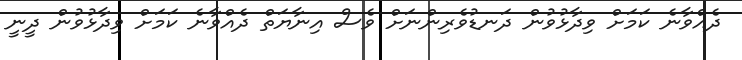
ދެއްވާނެ ކަމަށް ވިދާޅުވުން ދަނޑުވެރިންނަށް ވެސް އިނާޔަތް ދެއްވާނެ ކަމަށް ވިދާޅުވުން ދީނީ